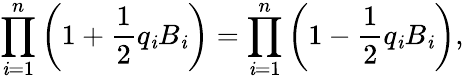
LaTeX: \prod_{\mathit{i}=1}^{n}\left(1+{\frac{{1}}{{2}}}q_{\mathit{i}}B_{\mathit{i}}\right)=\prod_{\mathit{i}=1}^{n}\left(1-{\frac{{1}}{{2}}}q_{\mathit{i}}B_{\mathit{i}}\right),